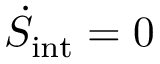
\dot { S } _ { \mathrm { i n t } } = 0